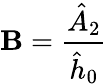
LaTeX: \mathbf{B}=\frac{{\hat{{A}}_{2}}}{{\hat{{h}}_{0}}}